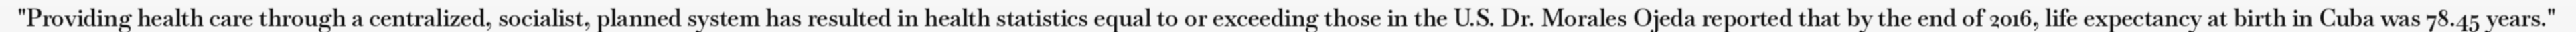
"Providing health care through a centralized, socialist, planned system has resulted in health statistics equal to or exceeding those in the U.S. Dr. Morales Ojeda reported that by the end of 2016, life expectancy at birth in Cuba was 78.45 years."